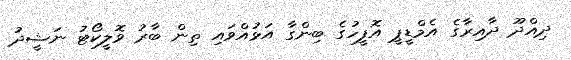
ދިއްދޫ ދާއިރާގެ އެމްޑީޕީ އޮފީހުގެ ބިންގާ އަޅުއްވައި ތިން ބާރު ވޮލީކޯޓު ނަޝީދު